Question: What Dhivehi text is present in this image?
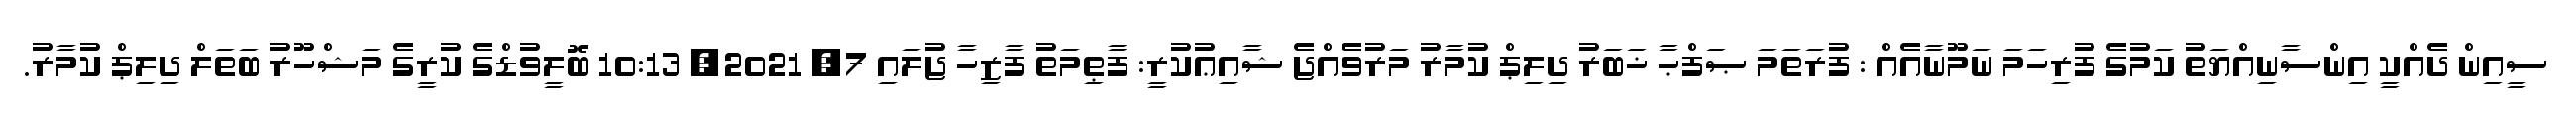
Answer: ސީއިން ދެއްކީ އިންސާނިއްޔަތު ކަމުގެ ފުރިހަމަ ނަމޫނާއެއް : ފުރަތަމަ ޞަފްޙާ ޚަބަރު ދިލިޕް ކުމާރު މަރުވެއްޖެ ޝާއިޢުކުރީ: ފާޠިމަތު ފާޒިހާ ޖުލައި 7, 2021, 10:13 ބޮލީވުޑްގެ ކުރީގެ މަޝްހޫރު ބަތަލް ދިލިޕް ކުމާރު.